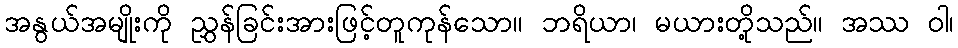
အနွယ်အမျိုးကို ညွှန်ခြင်းအားဖြင့်တူကုန်သော။ ဘရိယာ၊ မယားတို့သည်။ အဿ ဝါ၊